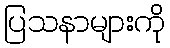
ပြသနာများကို